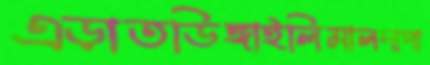
এড়াতডিঙ্গাইলিমালদাপা